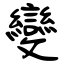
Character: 變